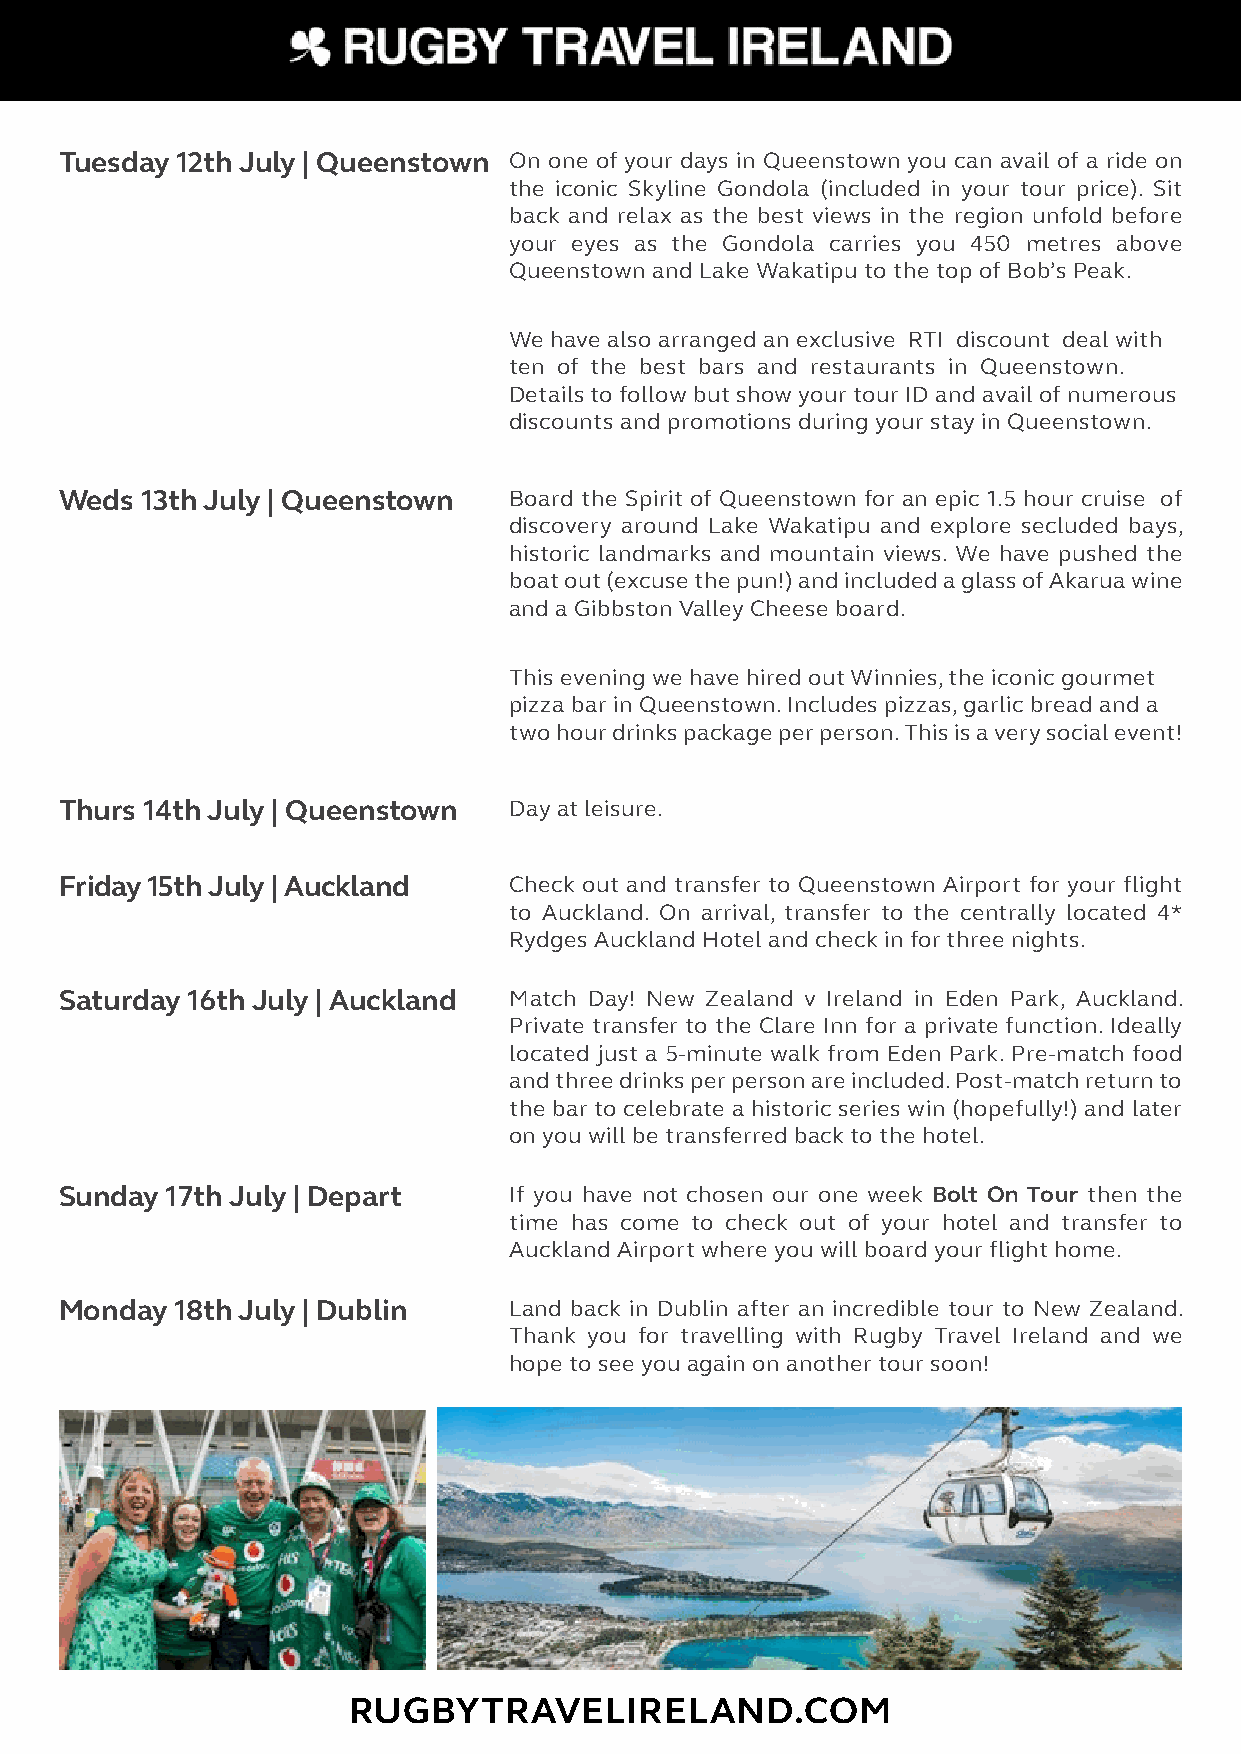
Tuesday 12th July | Queenstown O n one of your days in Queenstown you can avail of a ride on
 the iconic Skyline Gondola (included in your tour price). Sit
 back and relax as the best views in the region unfold before
 your eyes as the Gondola carries you 450 metres above
 Queenstown and Lake Wakatipu to the top of Bob’s Peak.
 We have also arranged an exclusive RTI discount deal with
 ten of the best bars and restaurants in Queenstown.
 Details to follow but show your tour ID and avail of numerous
 discounts and promotions during your stay in Queenstown.
 Weds 13th July | Queenstown   B oard the Spirit of Queenstown for an epic 1.5 hour cruise of
 discovery around Lake Wakatipu and explore secluded bays,
 historic landmarks and mountain views. We have pushed the
 boat out (excuse the pun!) and included a glass of Akarua wine
 and a Gibbston Valley Cheese board.
 This evening we have hired out Winnies, the iconic gourmet
 pizza bar in Queenstown. Includes pizzas, garlic bread and a
 two hour drinks package per person. This is a very social event!
 Thurs 14th July | Queenstown  D ay at leisure.
 Friday 15th July | Auckland   Check out and transfer to Queenstown Airport for your flight
 to Auckland. On arrival, transfer to the centrally located 4*
 Rydges Auckland Hotel and check in for three nights.
 Saturday 16th July | Auckland M atch Day! New Zealand v Ireland in Eden Park, Auckland.
 Private transfer to the Clare Inn for a private function. Ideally
 located just a 5-minute walk from Eden Park. Pre-match food
 and three drinks per person are included. Post-match return to
 the bar to celebrate a historic series win (hopefully!) and later
 on you will be transferred back to the hotel.
 Sunday 17th July | Depart     If you have not chosen our one week Bolt On Tour then the
 time has come to check out of your hotel and transfer to
 Auckland Airport where you will board your flight home.
 Monday  18th July | Dublin    Land back in Dublin after an incredible tour to New Zealand.
 Thank you for travelling with Rugby Travel Ireland and we
 hope to see you again on another tour soon!
 RUGBYTRAVELIRELAND.COM